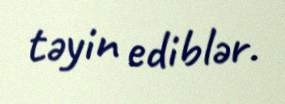
təyin ediblər.